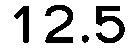
12.5